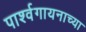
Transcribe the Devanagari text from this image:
पार्श्वगायनाच्या